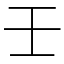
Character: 壬